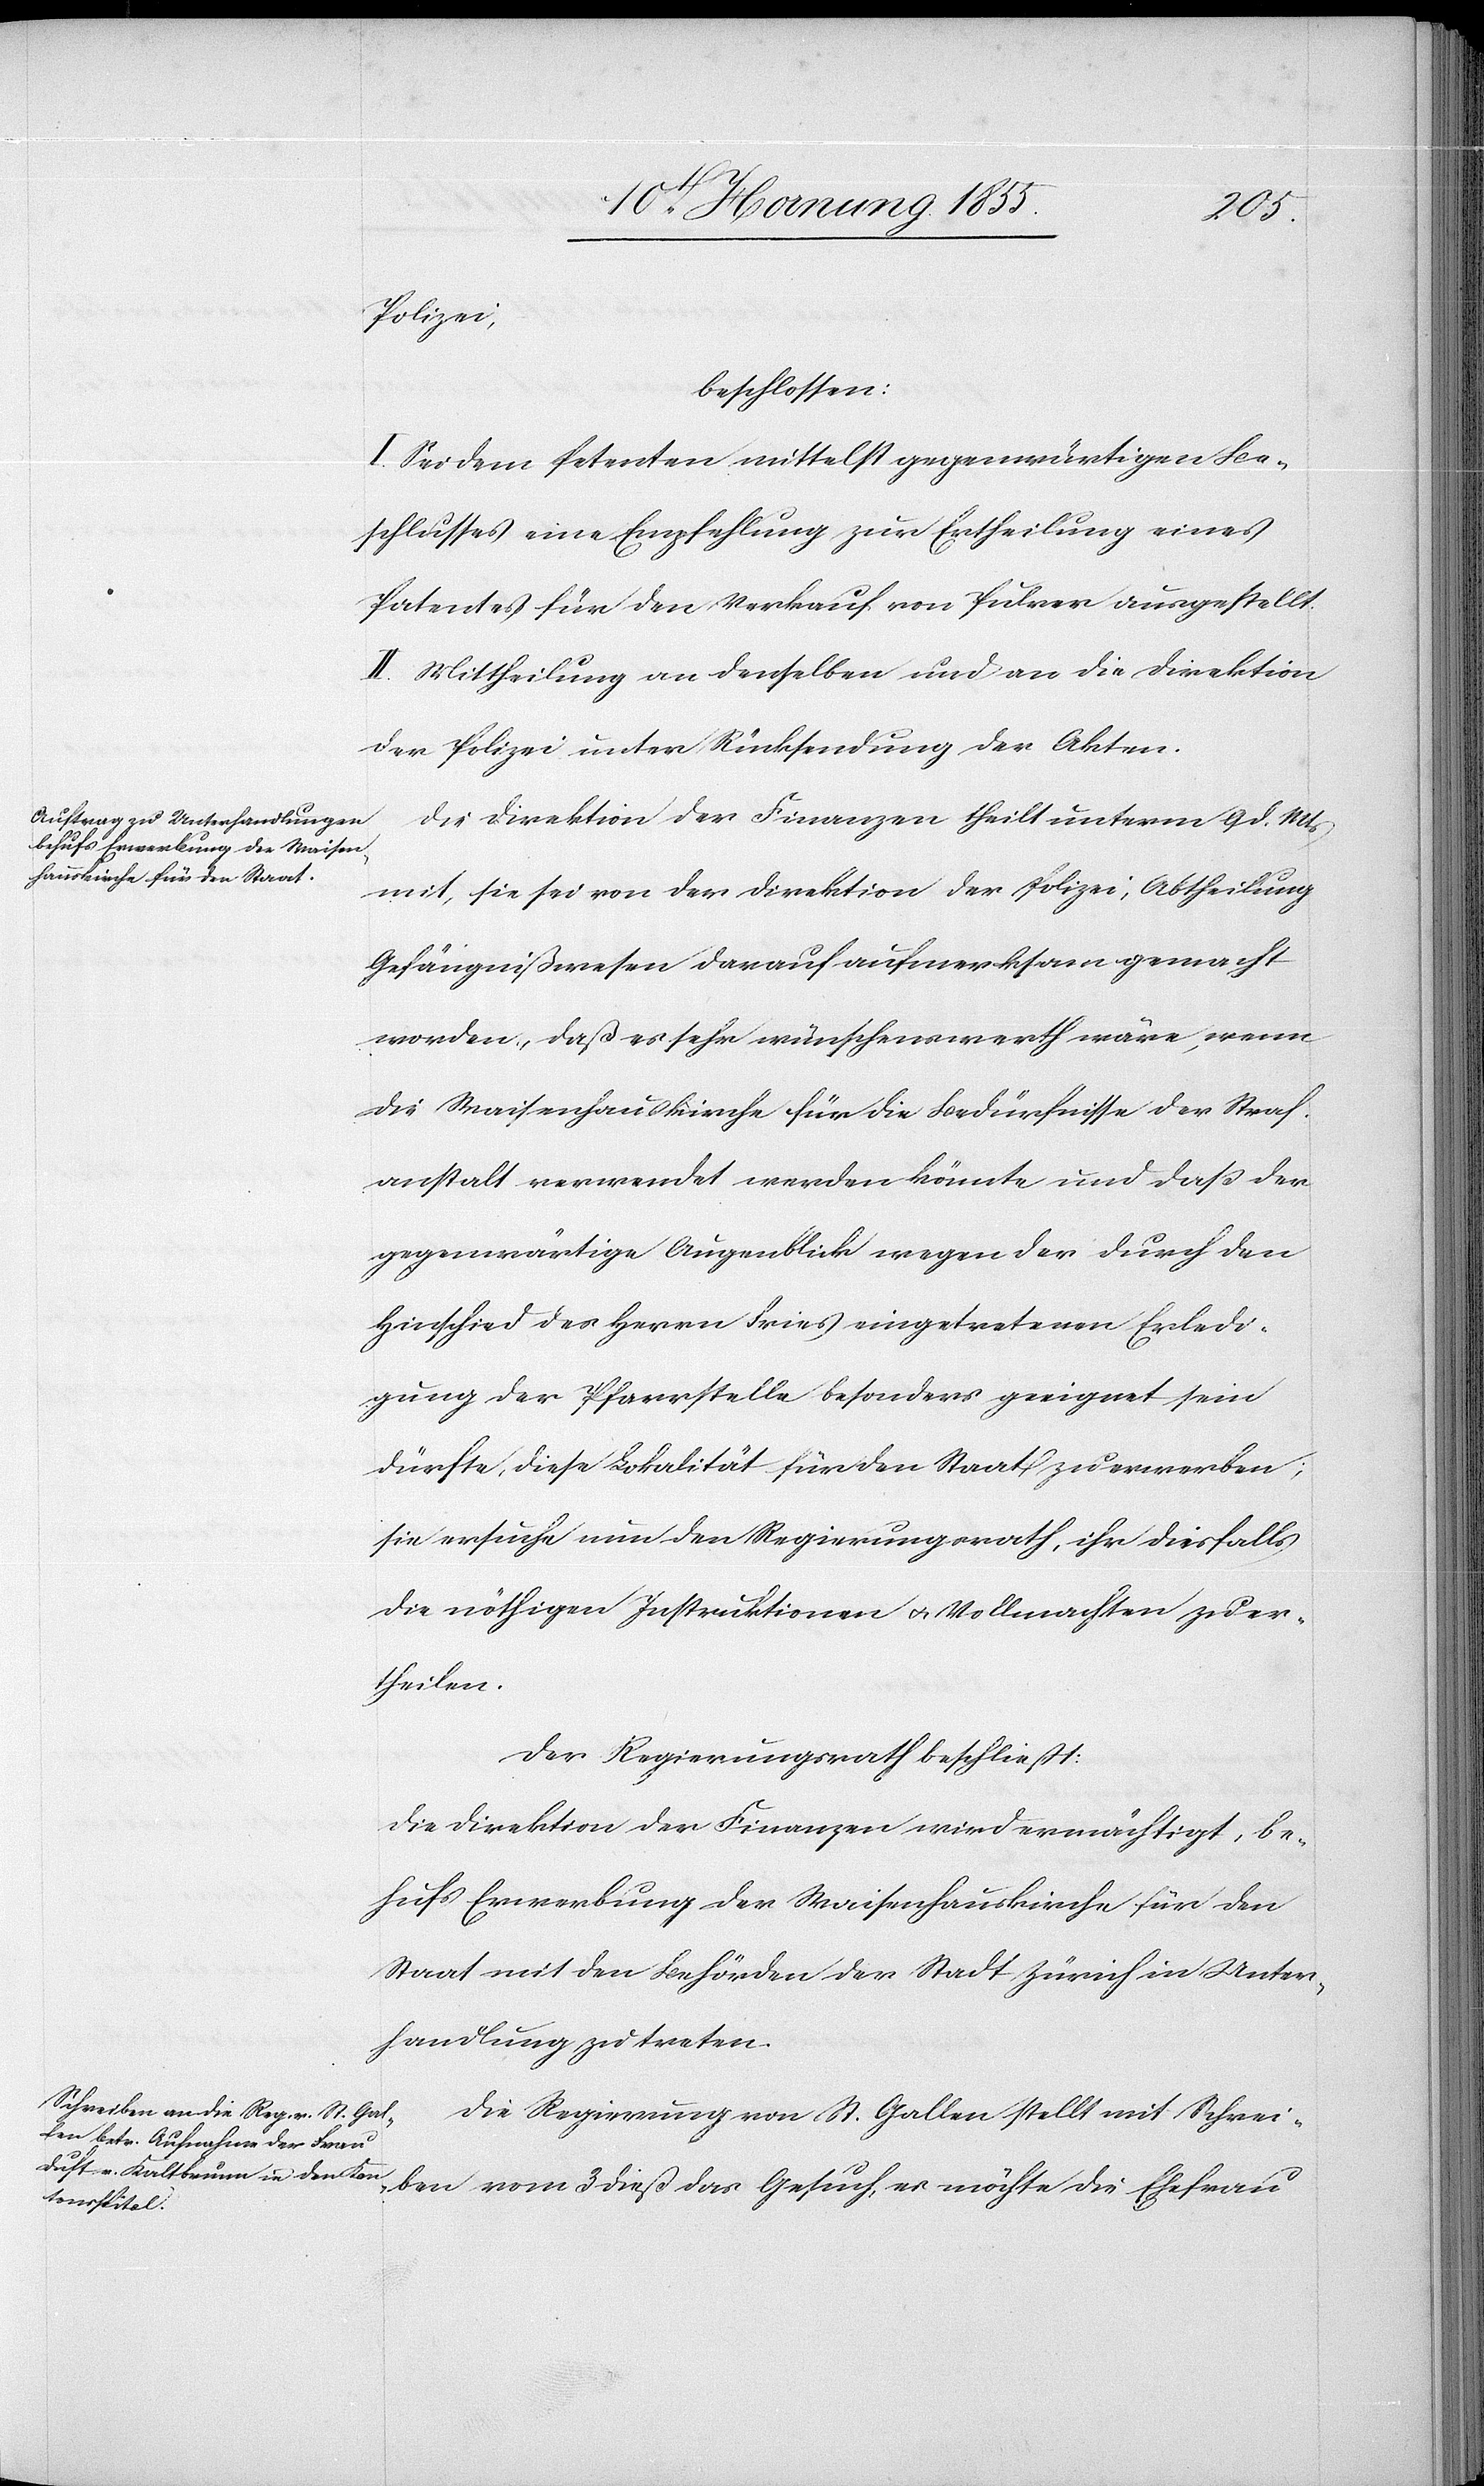
Polizei,
beschlossen:
I. Sei dem Petenten mittelst gegenwärtigen Be¬
schlusses eine Empfehlung zur Ertheilung eines
Patentes für den Verkauf von Pulver ausgestellt.
II. Mittheilung an denselben und an die Direktion
der Polizei unter Rücksendung der Akten.
Die Direktion der Finanzen theilt unterm 9 d. Mts
mit, sie sei von der Direktion der Polizei, Abtheilung
Gefängnißwesen darauf aufmerksam gemacht
worden, daß es sehr wünschenswerth wäre, wenn
die Waisenhauskirche für die Bedürfnisse der Straf¬
anstalt verwendet werden könnte und daß der
gegenwärtige Augenblick wegen der durch den
Hinschied des Herrn Fries eingetretenen Erledi¬
gung der Pfarrstelle besonders geeignet sein
dürfte, diese Lokalität für den Staat zu erwerben;
sie ersuche nun den Regierungsrath, ihr diesfalls
die nöthigen Instruktionen & Vollmachten zu er¬
theilen.
Der Regierungsrath beschliesst:
Die Direktion der Finanzen wird ermächtigt, be¬
hufs Erwerbung der Waisenhauskirche für den
Staat mit den Behörden der Stadt Zürich in Unter¬
handlung zu treten.
Die Regierung von St. Gallen stellt mit Schrei¬
ben vom 3 dieß das Gesuch, es möchte die Ehefrau